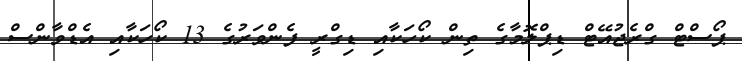
ޕޯސްޓް ގްރެޖުއޭޓް ޑިޕްލޮމާގެ ތިން ކޯހަކާއި ޑިގްރީ ފެންވަރުގެ 13 ކޯހަކާއި އެޑްވާންސް